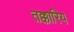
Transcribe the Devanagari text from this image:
तक्कारिय